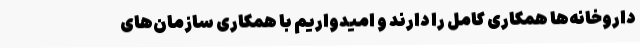
داروخانه‌ها همکاری کامل را دارند و امیدواریم با همکاری سازمان‌های